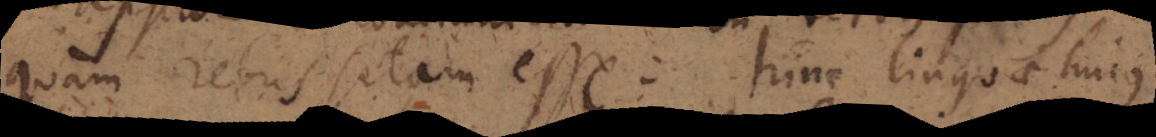
quam rebus sitam esse: hinc linguae hujus